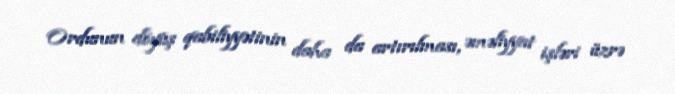
Ordunun döyüş qabiliyyətinin daha da artırılması, əməliyyat işləri üzrə